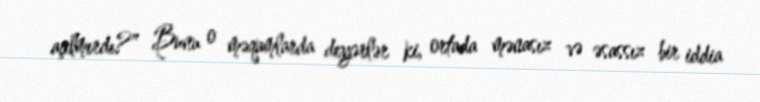
açılmırdı?” Bunu o məqamlarda deyərlər ki, ortada mənasız və əsassız bir iddia